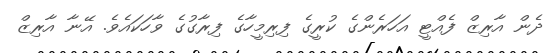
ދެން އާރިޒް ފެއްޓީ އަހަރެންގެ ކުރީގެ ފިރިމީހާގެ ފިރާގުގެ ވާހަކައެވެ. އޭނާ އާރިޒް